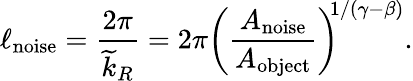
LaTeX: \ell_{\textrm{noise}}=\frac{2\pi}{\widetilde{k}_{R}}=2\pi\left(\frac{A_{\textrm{noise}}}{A_{\textrm{object}}}\right)^{\! \! 1/(\gamma-\beta)}.